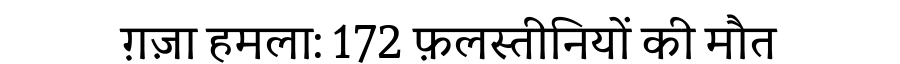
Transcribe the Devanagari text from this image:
ग़ज़ा हमला: 172 फ़लस्तीनियों की मौत